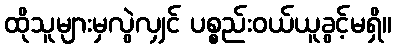
ထိုသူများမှလွဲလျှင် ပစ္စည်းဝယ်ယူခွင့်မရှိ။